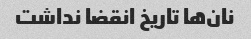
نان‌ها تاریخ انقضا نداشت